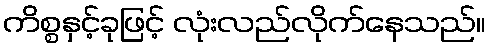
ကိစ္စနှင့်ခုဖြင့် လုံးလည်လိုက်နေသည်။